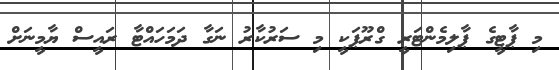
މި ޕާޓީގެ ޕާލިމެންޓަރީ ގްރޫޕަކީ މި ސަރުކާރު ނަގާ ދަމަހައްޓާ ރައީސް ޔާމީނަށް